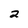
Character: 2